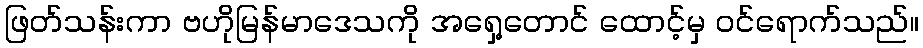
ဖြတ်သန်းကာ ဗဟိုမြန်မာဒေသကို အရှေ့တောင် ထောင့်မှ ဝင်ရောက်သည်။